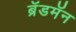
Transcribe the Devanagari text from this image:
ब्रॅडमॅन